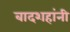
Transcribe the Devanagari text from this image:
बादशहांनी